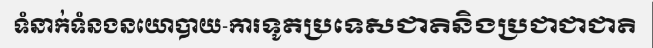
ទំនាក់ទំនងនយោបាយ-ការទូតប្រទេសជាតិនិងប្រជាជាជាតិ